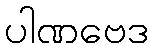
ပါဏဗေဒ